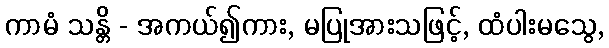
ကာမံ သန္တိ - အကယ်၍ကား, မပြုအားသဖြင့်, ထံပါးမသွေ,